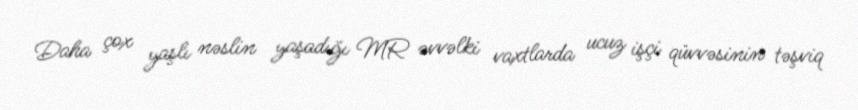
Daha çox yaşlı nəslin yaşadığı MR əvvəlki vaxtlarda ucuz işçi qüvvəsinin təşviq